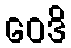
ဝေဒိ